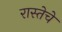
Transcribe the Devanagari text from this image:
रास्तेचे